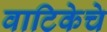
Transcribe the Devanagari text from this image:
वाटिकेचे